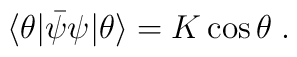
\langle \theta | \bar{\psi} \psi | \theta \rangle= K \cos\theta\; .